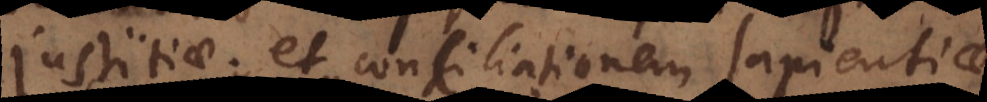
justitiae, et conciliationem, sapientiae